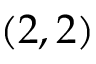
( 2 , 2 )